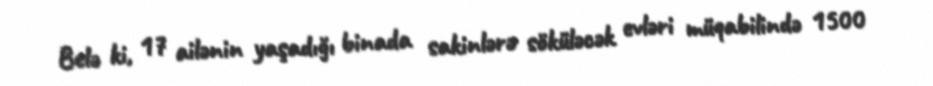
Belə ki, 17 ailənin yaşadığı binada sakinlərə söküləcək evləri müqabilində 1500